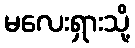
မလေးရှားသို့